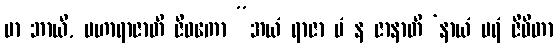
မာ ဘာယိ, မဟာရာဇာတိ ဇီဝကော “အယံ ရာဇာ မံ န ဇာနာတိ ‘နာယံ ပရံ ဇီဝိတာ